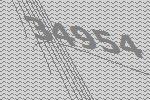
34954